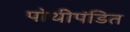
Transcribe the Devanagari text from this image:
पोथीपंडित